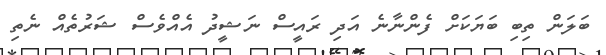
ބަލަން ތިބި ބަޔަކަށް ފެންނާނެ އަދި ރައީސް ނަޝީދު އެއްވެސް ޝަރުތެެއްް ނެތި